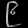
Digit: ၉